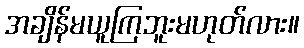
အချိန်မယူကြဘူးမဟုတ်လား။